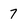
Character: 7